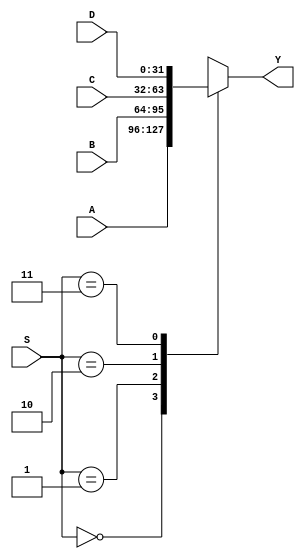
`timescale 1ns / 1ps
//////////////////////////////////////////////////////////////////////////////////
// Company: 
// Engineer: 
// 
// Design Name: 
// Module Name:    Mux4 
// Project Name: 
// Target Devices: 
// Tool versions: 
// Description: 
//
// Dependencies: 
//
// Revision: 
// Revision 0.01 - File Created
// Additional Comments: 
//
//////////////////////////////////////////////////////////////////////////////////
module Mux32Bits_4Entradas(
    input [31:0]A,		//Entrada 0 de 32 bits
    input [31:0]B,		//Entrada 1 de 32 bits
	 input [31:0]C,		//Entrada 2 de 32 bits
	 input [31:0]D,		//Entrada 3 de 32 bits
    input [1:0]S,			//Entrada de seleccion de 1 bit
    output reg [31:0]Y	//Salida de data seleccionada de 32 bits
    );

always @*		//Seleccion de data dependiendo de valor de S 
    case(S)
		2'b00:	Y <= A;
		2'b01:   Y <= B;
		2'b10:   Y <= C;
		2'b11:   Y <= D;
	endcase
endmodule